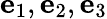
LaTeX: \mathbf{e}_{1},\mathbf{e}_{2},\mathbf{e}_{3}